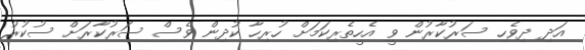
އަދި ދިވެހި ސަރުކާރުން ވީ އެހީތެރިކަމަށް ހުރިހާ ކުދިން ވެސް ސަރުކާރަށް ސުކުރު